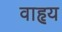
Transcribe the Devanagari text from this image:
वाहृय